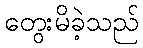
တွေးမိခဲ့သည်